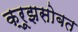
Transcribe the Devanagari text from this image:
क्रूझसोबत